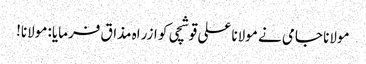
مولانا جامی نے مولانا علی قوشچی کو ازراہ مذاق فرمایا: مولانا!